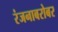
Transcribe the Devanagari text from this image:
रंजनाबरोबर